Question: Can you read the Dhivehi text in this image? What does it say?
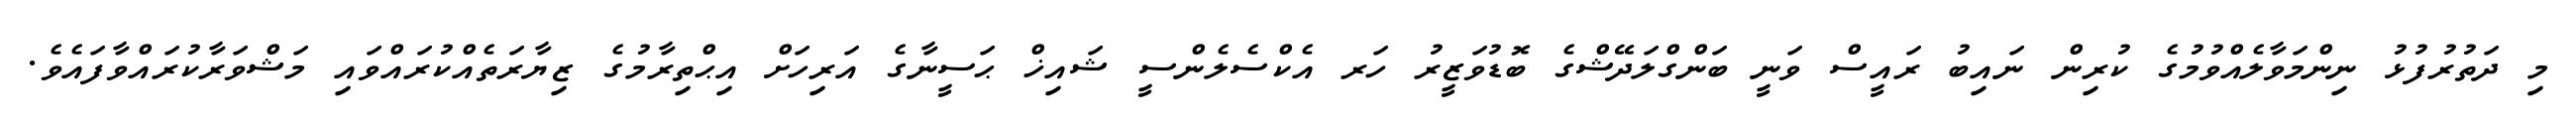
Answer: މި ދަތުރުފުޅު ނިންމަވާލެއްވުމުގެ ކުރިން ނައިބު ރައީސް ވަނީ ބަންގްލަދޭޝްގެ ބޮޑުވަޒީރު ހަރ އެކްސެލެންސީ ޝައިޚް ޙަސީނާގެ އަރިހަށް އިޙްތިރާމުގެ ޒިޔާރަތެއްކުރައްވައި މަޝްވަރާކުރައްވާފައެވެ.